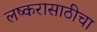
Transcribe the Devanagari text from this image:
लष्करासाठीचा